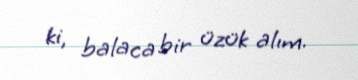
ki, balaca bir üzük alım.